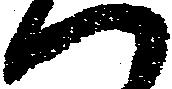
ハ